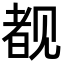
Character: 𬢎